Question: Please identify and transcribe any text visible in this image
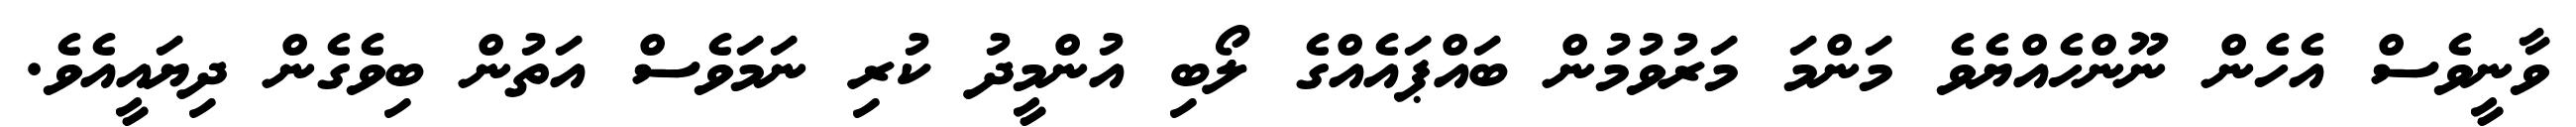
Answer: ވާނީވެސް އެހެން ނޫންހެއްޔެވެ މަންމަ މަރުވުމުން ބައްޕައެއްގެ ލޯބި އުންމީދު ކުރި ނަމަވެސް އަތުން ބިވެގެން ދިޔައީއެވެ.